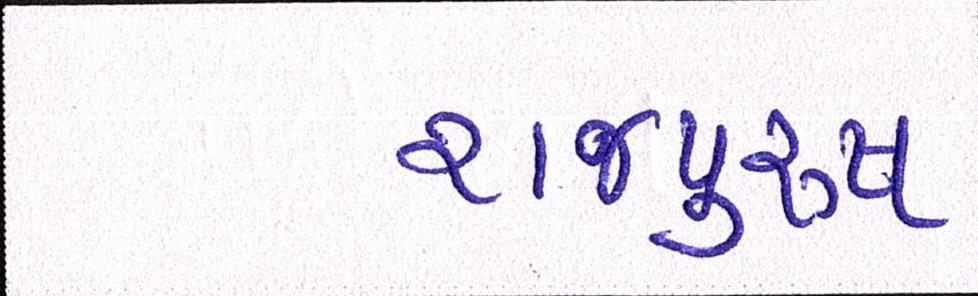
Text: રાજપુરુષ